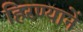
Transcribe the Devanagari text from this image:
हिरण्यानें